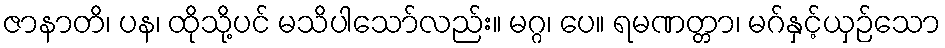
ဇာနာတိ၊ ပန၊ ထိုသို့ပင် မသိပါသော်လည်း။ မဂ္ဂ၊ ပေ။ ရမဏတ္တာ၊ မဂ်နှင့်ယှဉ်သော